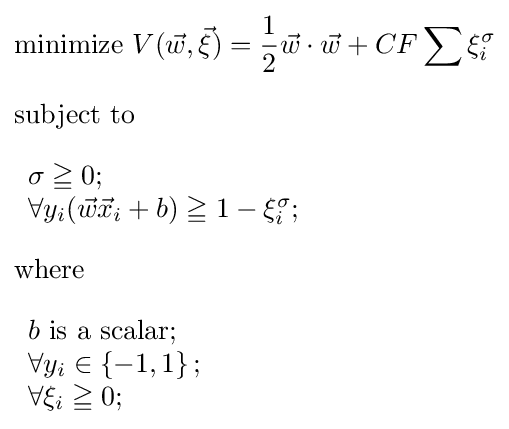
{\begin{aligned}&{\text{minimize }}V({\vec {w}},{\vec {\xi }})={1 \over 2}{\vec {w}}\cdot {\vec {w}}+CF\sum \xi _{i}^{\sigma }\\[6pt]&{\text{subject to}}\\[6pt]&{\begin{array}{l}\sigma \geqq 0;\\\forall y_{i}({\vec {w}}{\vec {x}}_{i}+b)\geqq 1-\xi _{i}^{\sigma };\end{array}}\\[6pt]&\mathrm {where} \\[6pt]&{\begin{array}{l}b{\text{ is a scalar;}}\\\forall y_{i}\in \left\{-1,1\right\};\\\forall \xi _{i}\geqq 0;\\\end{array}}\end{aligned}}